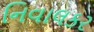
નિવાલકર